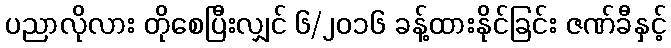
ပညာလိုလား တိုစေပြီးလျှင် ၆/၂၀၁၆ ခန့်ထားနိုင်ခြင်း ဇဏ်ခီနှင့်